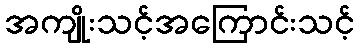
အကျိုးသင့်အကြောင်းသင့်